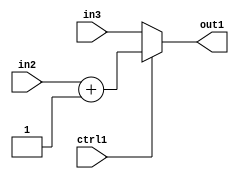
`timescale 1ps / 1ps
/*****************************************************************************
    Verilog RTL Description
    
    
    Created by: Stratus DpOpt 2019.1.01 
*******************************************************************************/

module feature_write_addr_gen_MuxAdd2i1u32u32u1_4 (
	in3,
	in2,
	ctrl1,
	out1
	); /* architecture "behavioural" */ 
input [31:0] in3,
	in2;
input  ctrl1;
output [31:0] out1;
wire [31:0] asc001,
	asc002;

assign asc002 = 
	+(in2)
	+(32'B00000000000000000000000000000001);

reg [31:0] asc001_tmp_0;
assign asc001 = asc001_tmp_0;
always @ (ctrl1 or asc002 or in3) begin
	case (ctrl1)
		1'B1 : asc001_tmp_0 = asc002 ;
		default : asc001_tmp_0 = in3 ;
	endcase
end

assign out1 = asc001;
endmodule

/* CADENCE  v7n0Sgk= : u9/ySgnWtBlWxVPRXgAZ4Og= ** DO NOT EDIT THIS LINE ******/